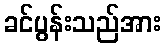
ခင်ပွန်းသည်အား